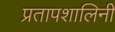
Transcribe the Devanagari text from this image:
प्रतापशालिनी